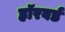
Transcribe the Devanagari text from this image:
हॉरवर्ड